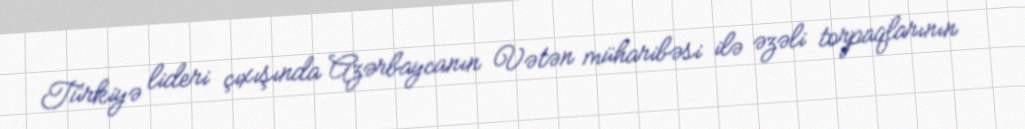
Türkiyə lideri çıxışında Azərbaycanın Vətən müharibəsi ilə əzəli torpaqlarının